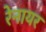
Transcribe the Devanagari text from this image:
रेनायर